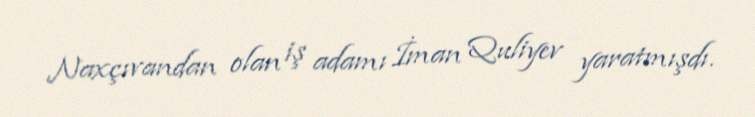
Naxçıvandan olan iş adamı İman Quliyev yaratmışdı.